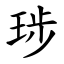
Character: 㻉